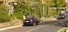
ઍનીસ